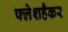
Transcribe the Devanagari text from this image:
फ्लेशहैकर